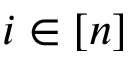
i \in [ n ]